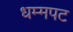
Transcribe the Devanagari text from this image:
धम्मपट